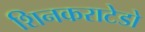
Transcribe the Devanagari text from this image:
शिनकराटेडो